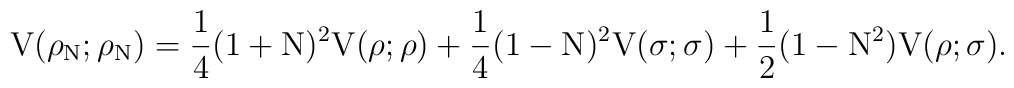
{\rm V}({\rho}_{\rm N};{\rho}_{\rm N}) = \frac{1}{4} (1+{\rm N})^2{\rm V}({\rho};{\rho}) + \frac{1}{4} (1-{\rm N})^2{\rm V}({\sigma};{\sigma}) + \frac{1}{2} (1-{\rm N}^2){\rm V}({\rho};{\sigma}).